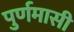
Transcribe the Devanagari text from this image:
पुर्णमासी